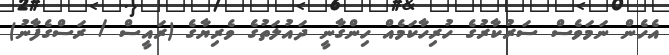
އެހެން ނަމަވެސް ސަރުކާރުގެ ހުރިހާކަމެއް ހިންގާނީ ދައުލަތުގެ ވެރިޔާގެ (ރައީސް / ރަސްގެފާނު)